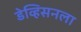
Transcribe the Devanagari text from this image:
डेव्हिसनला